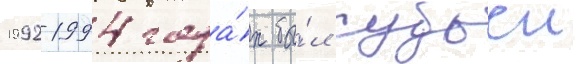
1992-1994 года́х бы́л судьеи